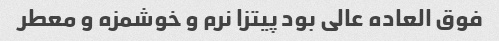
فوق العاده عالی بود پیتزا نرم و خوشمزه و معطر